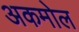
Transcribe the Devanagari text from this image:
अकमोल